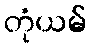
တုံယမ်